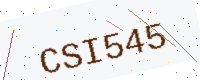
Text: CSI545